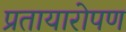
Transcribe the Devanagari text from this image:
प्रतायारोपण